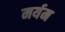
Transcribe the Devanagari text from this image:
मर्यम